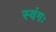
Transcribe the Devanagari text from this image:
स्वंगः